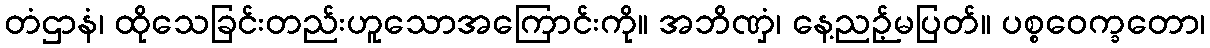
တံဌာနံ၊ ထိုသေခြင်းတည်းဟူသောအကြောင်းကို။ အဘိဏှံ၊ နေ့ညဉ့်မပြတ်။ ပစ္စဝေက္ခတော၊